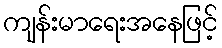
ကျန်းမာရေးအနေဖြင့်